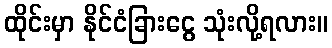
ထိုင်းမှာ နိုင်ငံခြားငွေ သုံးလို့ရလား။